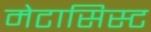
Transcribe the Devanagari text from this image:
मेटासिस्ट